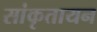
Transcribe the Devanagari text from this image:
सांकृतायन